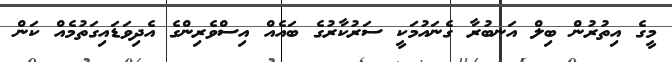
މީގެ އިތުރުން ބިލް އަނބުރާ ގެނައުމަކީ ސަރުކާރުގެ ބައެއް އިސްވެރިންގެ އެދިވަޑައިގަތުމެއް ކަން